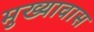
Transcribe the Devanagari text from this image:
मुख्यावास